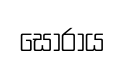
සොරාය